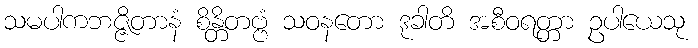
သမပါကဘဇ္ဇိတာနံ စိန္တိတဗ္ဗံ သဝနတော ဒုခါတိ အစီဝရတ္တာ ဥပါယေသု